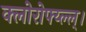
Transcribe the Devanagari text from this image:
क्लोरोफ्य्ल्ल्।